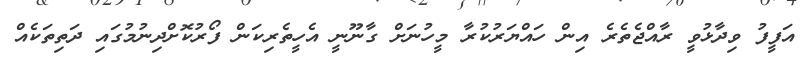
އަފީފު ވިދާޅުވީ ރާއްޖެތެރެ އިން ހައްޔަރުކުރާ މީހުނަށް ގާނޫނީ އެހީތެރިކަން ފޯރުކޮށްދިނުމުގައި ދަތިތަކެއް